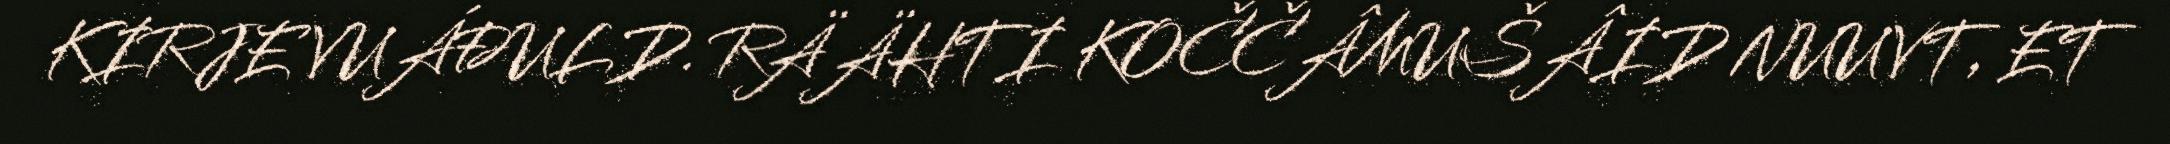
KIRJE VUÁĐULD. RÄÄHTI KOČČÂMUŠÂID NUUVT, ET